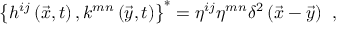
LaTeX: \left\{ h ^ { i j } \left( \vec { x } , t \right) , k ^ { m n } \left( \vec { y } , t \right) \right\} ^ { * } = \eta ^ { i j } \eta ^ { m n } \delta ^ { 2 } \left( \vec { x } - \vec { y } \right) \; \, ,